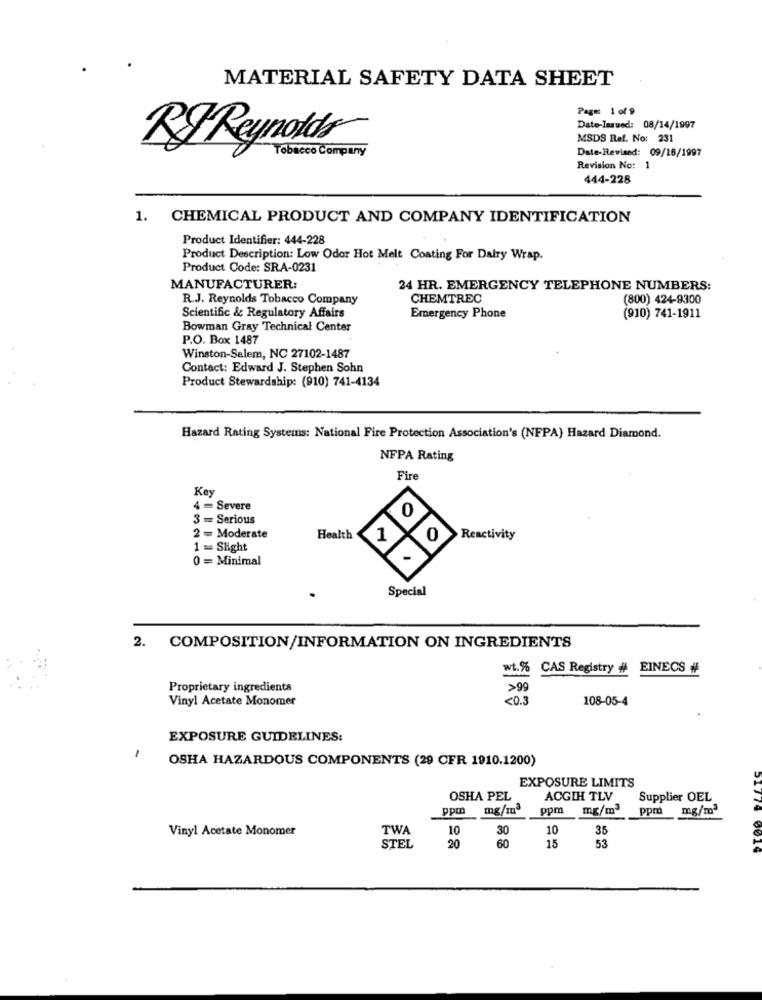
MATERIAL SAFETY DATA SHEET
Page 1 of 9
Date-Issued: 08/14/1997
MSDS Ref. No: 231
Tobacco Company
Date-Revised: 09/18/1997
Revision No: 1
444-228
1. CHEMICAL PRODUCT AND COMPANY IDENTIFICATION
Product Identifier: 444-228
Product Description: Low Odor Hot Melt Coating For Dalry Wrap.
Product Code: SRA-0231
MANUFACTURER:
24 HR. EMERGENCY TELEPHONE NUMBERS:
R.J. Reynolds Tobacco Company
CHEMTREC
(800) 424-9300
Scientific & Regulatory Affairs
Emergency Phone
(910) 741-1911
Bowman Gray Technical Center
P.O. Box 1487
Winston-Salem, NC 27102-1487
Contact: Edward J. Stephen Sohn
Product Stewardship: (910) 741-4134
Hazard Rating Systems: National Fire Protection Association's (NFPA) Hazard Diamond.
NFPA Rating
Fire
Key
4 = Severe
3 = Serious
2 - Moderate
Health
Reactivity
1 = Slight
0 = Minimal
Special
2. COMPOSITION/INFORMATION ON INGREDIENTS
wt. %
CAS Registry # EINECS #
Proprietary ingredients
>99
Vinyl Acetate Monomer
<0.3
108-05-4
EXPOSURE GUIDELINES:
1
OSHA HAZARDOUS COMPONENTS (29 CFR 1910.1200)
EXPOSURE LIMITS
OSHA PEL
ACGIH TLV
Supplier OEL
ppm mg/m
ppm mg/m3
ppr
mg/m
Vinyl Acetate Monomer
TWA
10
30
10
35
60
STEL
20
15
53